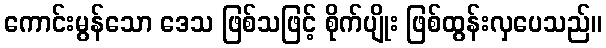
ကောင်းမွန်သော ဒေသ ဖြစ်သဖြင့် စိုက်ပျိုး ဖြစ်ထွန်းလှပေသည်။